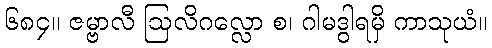
၆၈၄။ ဇမ္ဗာလီ ဩလိဂလ္လော စ၊ ဂါမဒွါရမှိ ကာသုယံ။